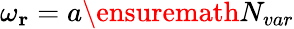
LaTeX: \omega_{\mathbf{r}}=a\ensuremath{N_{var}}